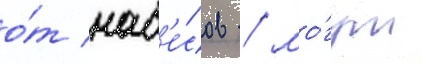
о́т нав'е́сов / мо́гут